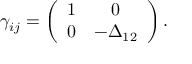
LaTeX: \gamma _ { i j } = \left( \begin{array} { c c } { { 1 } } & { { 0 } } \\ { { 0 } } & { { - \Delta _ { 1 2 } } } \end{array} \right) .